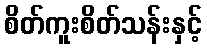
စိတ်ကူးစိတ်သန်းနှင့်